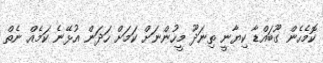
ކޮމެހެން ގޫބައްޑާ ކިޔާނީ ތިނަދޫ މީހުންނަށް ކަމަށް ހަދަން އުޅޭނެ ކަމެއް ނެތް